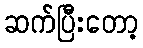
ဆက်ပြီးတော့